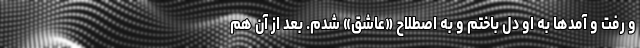
و رفت و آمدها به او دل باختم و به اصطلاح «عاشق» شدم. بعد از آن هم